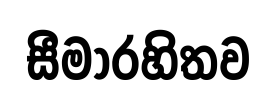
සීමාරහිතව